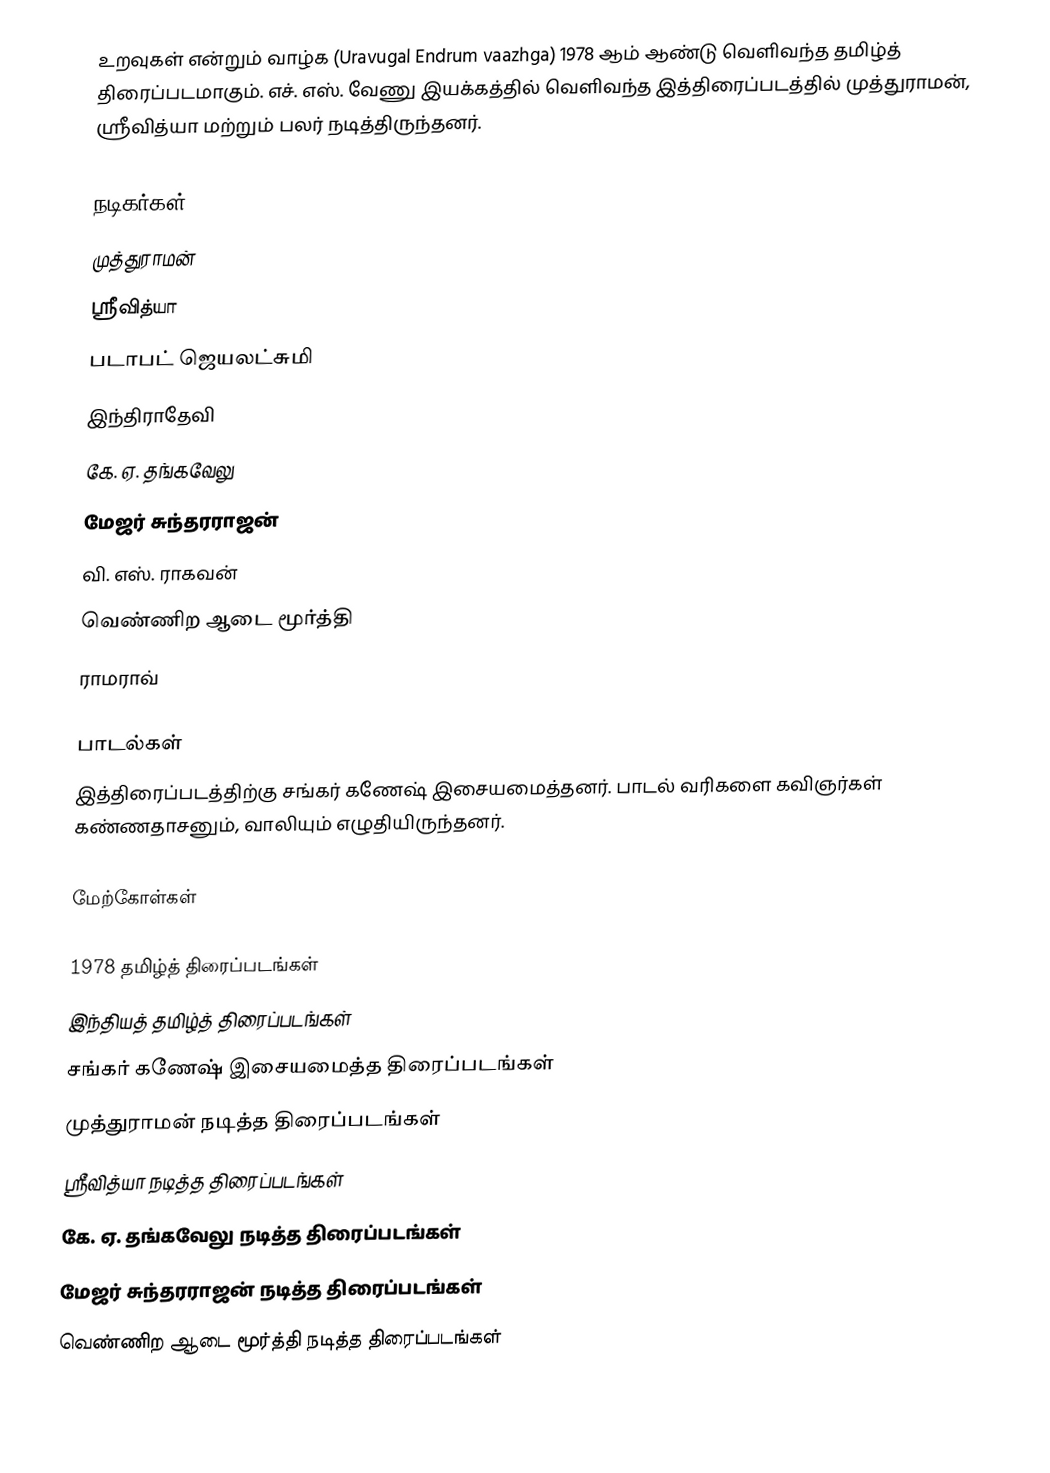
உறவுகள் என்றும் வாழ்க (Uravugal Endrum vaazhga) 1978 ஆம் ஆண்டு வெளிவந்த தமிழ்த் திரைப்படமாகும். எச். எஸ். வேணு இயக்கத்தில் வெளிவந்த இத்திரைப்படத்தில் முத்துராமன், ஸ்ரீவித்யா மற்றும் பலர் நடித்திருந்தனர்.

நடிகர்கள்
 முத்துராமன்
 ஸ்ரீவித்யா
 படாபட் ஜெயலட்சுமி
 இந்திராதேவி
 கே. ஏ. தங்கவேலு
 மேஜர் சுந்தரராஜன்
 வி. எஸ். ராகவன்
 வெண்ணிற ஆடை மூர்த்தி
 ராமராவ்

பாடல்கள்
இத்திரைப்படத்திற்கு சங்கர் கணேஷ் இசையமைத்தனர். பாடல் வரிகளை கவிஞர்கள் கண்ணதாசனும், வாலியும் எழுதியிருந்தனர்.

மேற்கோள்கள்

1978 தமிழ்த் திரைப்படங்கள்
இந்தியத் தமிழ்த் திரைப்படங்கள்
சங்கர் கணேஷ் இசையமைத்த திரைப்படங்கள்
முத்துராமன் நடித்த திரைப்படங்கள்
ஸ்ரீவித்யா நடித்த திரைப்படங்கள்
கே. ஏ. தங்கவேலு நடித்த திரைப்படங்கள்
மேஜர் சுந்தரராஜன் நடித்த திரைப்படங்கள்
வெண்ணிற ஆடை மூர்த்தி நடித்த திரைப்படங்கள்